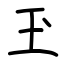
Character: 玊